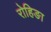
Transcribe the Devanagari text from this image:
रोहिङा